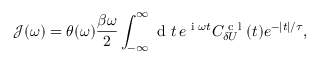
\mathscr { J } ( \omega ) = \theta ( \omega ) \frac { \beta \omega } { 2 } \int _ { - \infty } ^ { \infty } \textrm { d } t \, e ^ { \textrm { i } \omega t } C _ { \delta U } ^ { \textrm { c l } } ( t ) e ^ { - | t | / \tau } ,